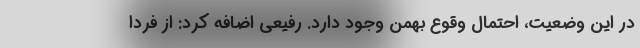
در این وضعیت، احتمال وقوع بهمن وجود دارد. رفیعی اضافه کرد: از فردا